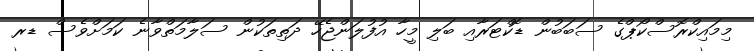
މިމައިކްރޮސްކޯޕްގެ ސަބަބުން ޑޮކްޓަރާއި ބަލި މީހާ އުފުލަންޖެހޭ ދަތިތަކުން ސަލާމަތްވާނެ ކަމަށްވެސް ޑރ